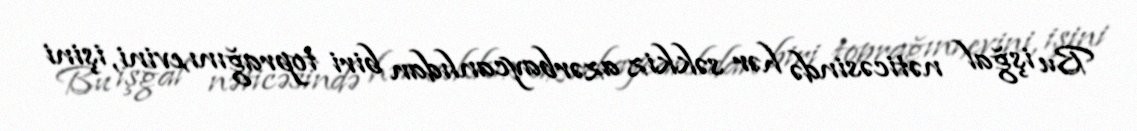
Bu işğal nəticəsində hər səkkiz azərbaycanlıdan biri toprağını,evini, işini